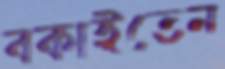
বকাইতেন